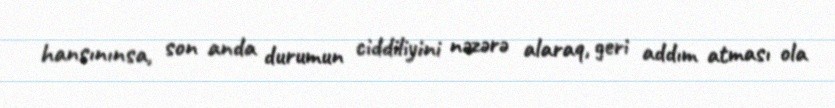
hansınınsa, son anda durumun ciddiliyini nəzərə alaraq, geri addım atması ola